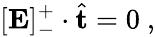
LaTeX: [\mathbf{E}]_{-}^{+}\cdot\hat{\mathbf{t}}=0~,